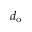
d _ { \mathrm { o } }